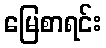
မြေစာရင်း